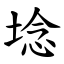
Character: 埝